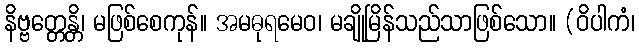
နိဗ္ဗတ္တေန္တိ၊ မဖြစ်စေကုန်။ အမဓုရမေဝ၊ မချိုမြိန်သည်သာဖြစ်သော။ (ဝိပါကံ၊